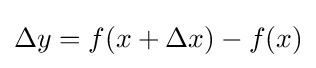
\Delta y=f(x+\Delta x)-f(x)